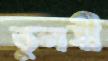
তুলসী